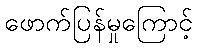
ဖောက်ပြန်မှုကြောင့်